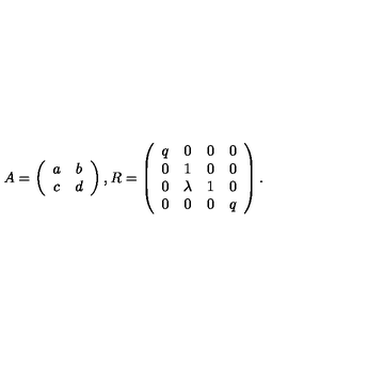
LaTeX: A = \left( \begin{array} { c c } { a } & { b } \\ { c } & { d } \\ \end{array} \right) , R = \left( \begin{array} { c c c c } { q } & { 0 } & { 0 } & { 0 } \\ { 0 } & { 1 } & { 0 } & { 0 } \\ { 0 } & { \lambda } & { 1 } & { 0 } \\ { 0 } & { 0 } & { 0 } & { q } \\ \end{array} \right) .